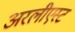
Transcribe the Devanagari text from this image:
अरलीएस्ट